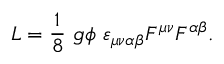
{ \cal L } = \frac { 1 } { 8 } \ g \phi \ \varepsilon _ { \mu \nu \alpha \beta } F ^ { \mu \nu } F ^ { \alpha \beta } .